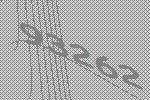
93262